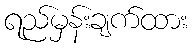
ရည်မှန်းချက်ထား